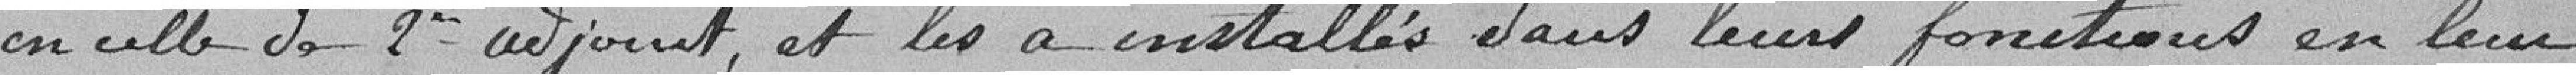
en celle de 2nd adjoint, et les a installés dans leurs fonctions en leur